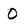
Character: O